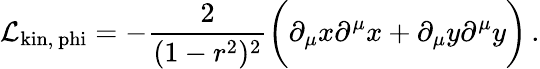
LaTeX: {\cal L}_{\mathrm{kin,\ phi}}=-{\frac{2}{(1-r^{2})^{2}}}\bigg(\partial_{\mu}x\partial^{\mu}x+\partial_{\mu}y\partial^{\mu}y\bigg)\, .